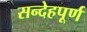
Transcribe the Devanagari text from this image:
सन्देहपूर्ण